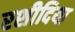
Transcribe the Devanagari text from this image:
रशीदिया